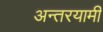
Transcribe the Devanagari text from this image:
अन्‍तरयामी